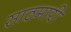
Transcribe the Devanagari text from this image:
साठमारी